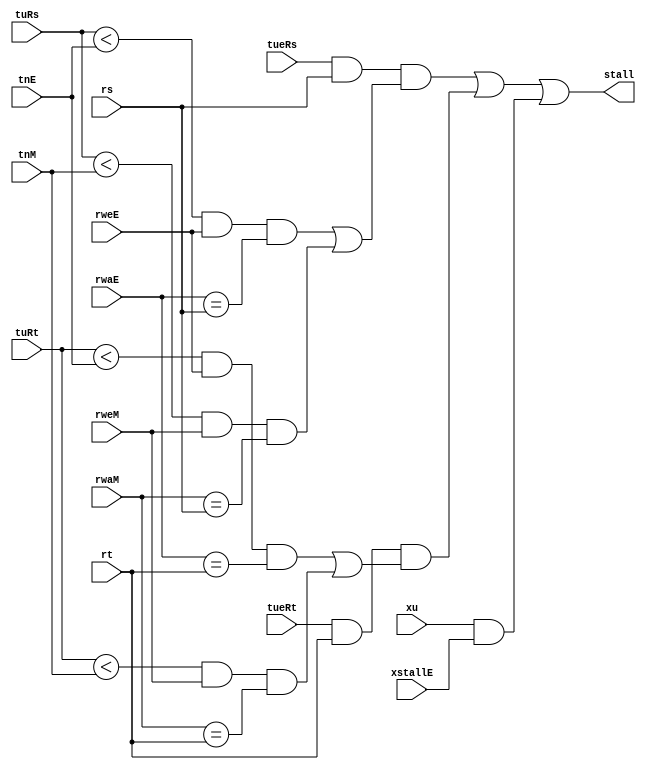
`timescale 1ns / 1ps

module STL(
    input tueRs, tuRs,
    input [4:0] rs,
    input tueRt, tuRt,
    input [4:0] rt,
    input xu,
    input [1:0] tnE,
    input rweE,
    input [4:0] rwaE,
    input tnM,
    input rweM,
    input [4:0] rwaM,
    input xstallE,
    output stall
    );

    function f;
        input tue, tu;
        input [4:0] ra;
        input rweE, rweM;
        input [4:0] rwaE, rwaM;
        input [1:0] tnE;
        input tnM;
        f = tue && ra && (
            (tu < tnE && rweE && rwaE == ra) ||
            (tu < tnM && rweM && rwaM == ra)
        );
    endfunction

    assign stall = f(tueRs, tuRs, rs, rweE, rweM, rwaE, rwaM, tnE, tnM) ||
                   f(tueRt, tuRt, rt, rweE, rweM, rwaE, rwaM, tnE, tnM) ||
                   (xu && xstallE);

    /*
    wire se = rweE && rwaE;
    wire se0 = tnE && se;
    wire sm0 = tnM && rweM && rwaM;
    wire se1 = (tnE == 2'd2) && se;

    assign stall = tuRs0 && se0 && rsD == rwaE;
    assign stall = tuRs0 && sm0 && rsD == rwaM;
    assign stall = tuRs1 && se1 && rsD == rwaE;

    assign stall = tuRt0 && se0 && rtD == rwaE;
    assign stall = tuRt0 && sm0 && rtD == rwaM;
    assign stall = tuRt1 && se1 && rtD == rwaE;
    */
endmodule